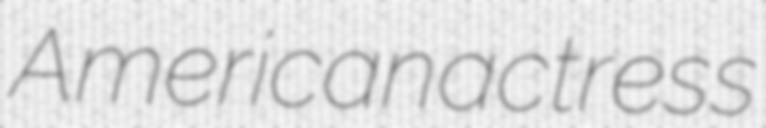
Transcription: American actress